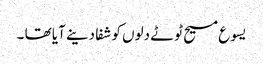
یسوع مسیح ٹوٹے دلوں کو شفا دینے آیا تھا ۔